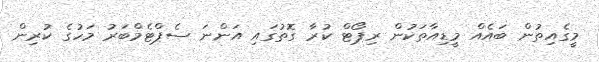
މީގެއިތުން ބައެއް މީޑިއާތަކުން ރިޕޯޓް ކުރާ ގޮތުގައި އަންނަ ސެޕްޓެމްބަރު މަހުގެ ކުރިން